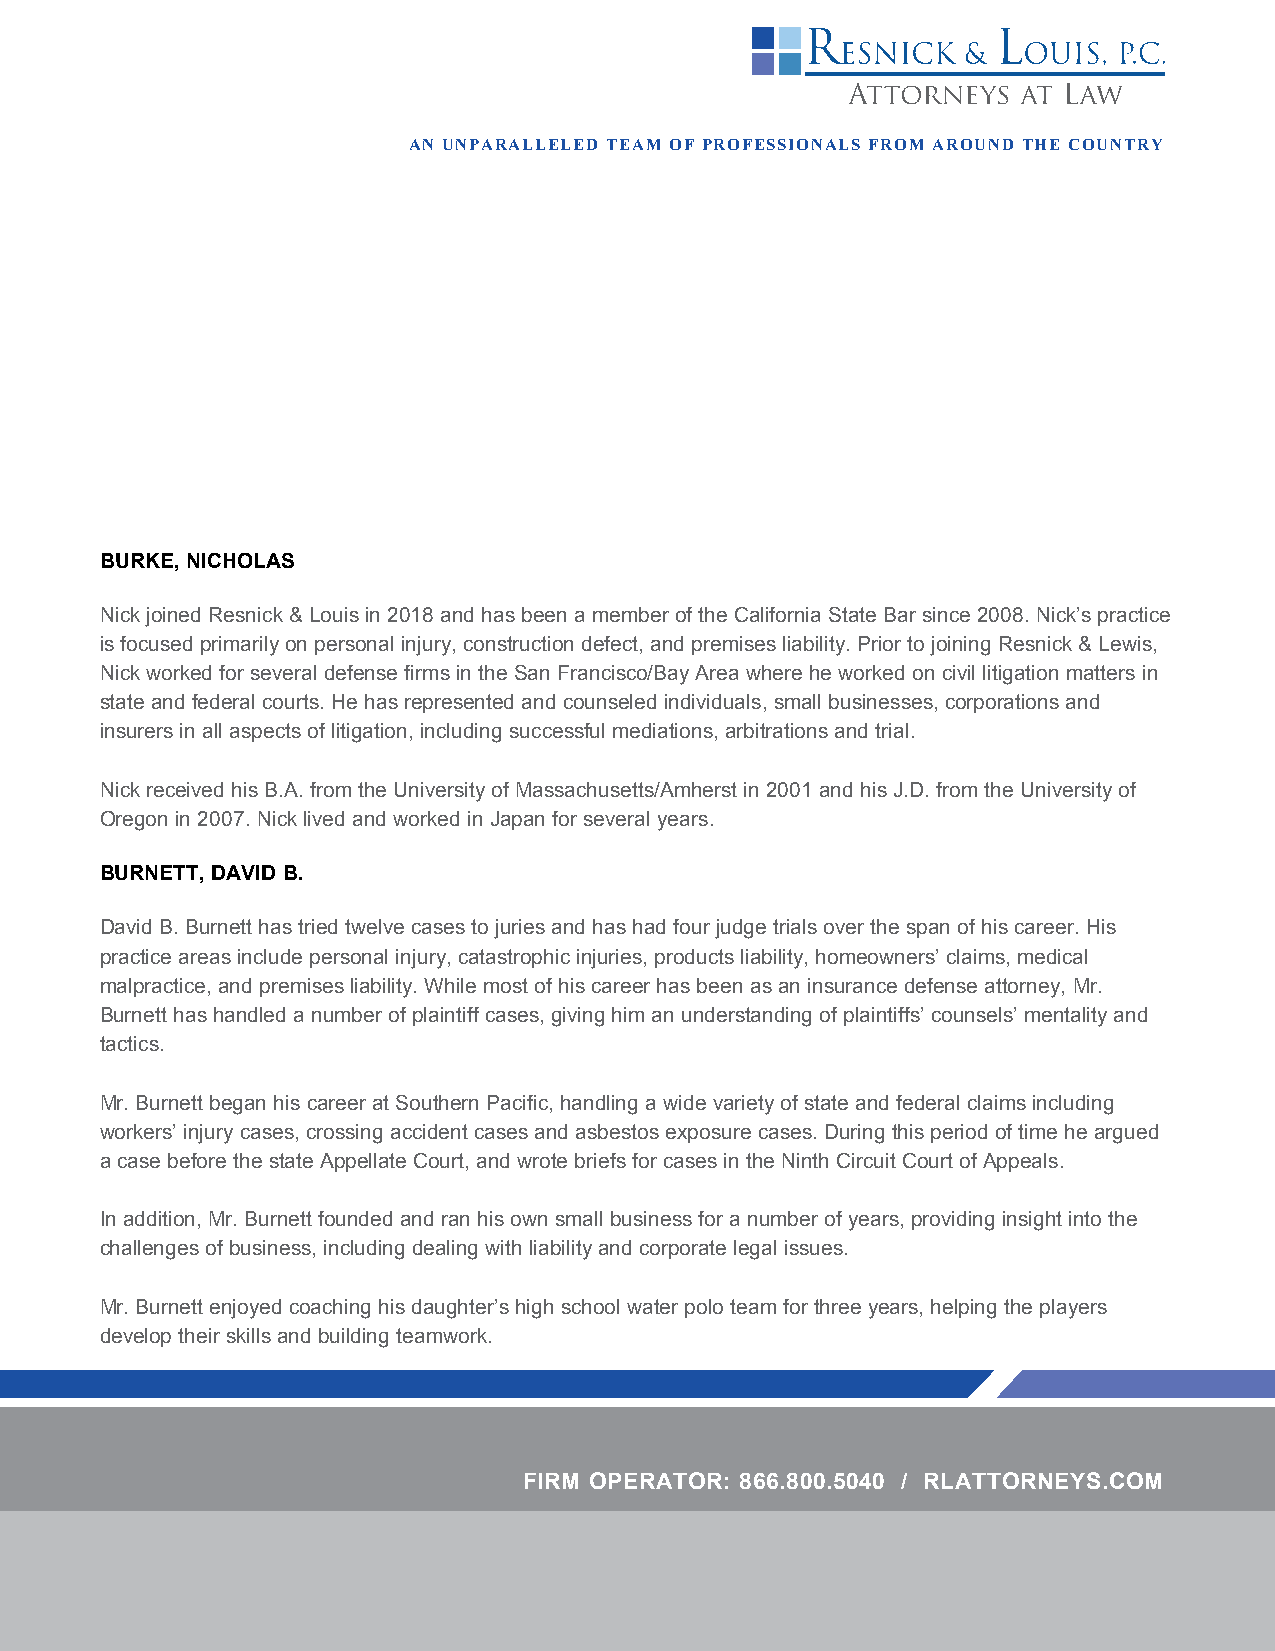
AN UNPARALLELED TEAM OF PROFESSIONALS FROM AROUND THE COUNTRY
 BURKE, NICHOLAS
 Nick joined Resnick & Louis in 2018 and has been a member of the California State Bar since 2008. Nick’s practice
 is focused primarily on personal injury, construction defect, and premises liability. Prior to joining Resnick & Lewis,
 Nick worked for several defense firms in the San Francisco/Bay Area where he worked on civil litigation matters in
 state and federal courts. He has represented and counseled individuals, small businesses, corporations and
 insurers in all aspects of litigation, including successful mediations, arbitrations and trial.
 Nick received his B.A. from the University of Massachusetts/Amherst in 2001 and his J.D. from the University of
 Oregon in 2007. Nick lived and worked in Japan for several years.
 BURNETT, DAVID B.
 David B. Burnett has tried twelve cases to juries and has had four judge trials over the span of his career. His
 practice areas include personal injury, catastrophic injuries, products liability, homeowners’ claims, medical
 malpractice, and premises liability. While most of his career has been as an insurance defense attorney, Mr.
 Burnett has handled a number of plaintiff cases, giving him an understanding of plaintiffs’ counsels’ mentality and
 tactics.
 Mr. Burnett began his career at Southern Pacific, handling a wide variety of state and federal claims including
 workers’ injury cases, crossing accident cases and asbestos exposure cases. During this period of time he argued
 a case before the state Appellate Court, and wrote briefs for cases in the Ninth Circuit Court of Appeals.
 In addition, Mr. Burnett founded and ran his own small business for a number of years, providing insight into the
 challenges of business, including dealing with liability and corporate legal issues.
 Mr. Burnett enjoyed coaching his daughter’s high school water polo team for three years, helping the players
 develop their skills and building teamwork.
 FIRM OPERATOR: 866.800.5040 / RLATTORNEYS.COM